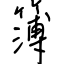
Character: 簿